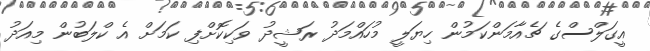
އީގަލްސްގެ ޗެއާމަންކަމުން ހިޔަލީ މުހައްމަދު ރަޝީދު ވަކިކޮށްފި ކަމަށް އެ ކްލަބުން މިއަދު